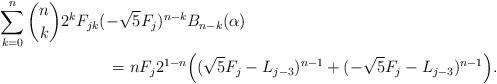
LaTeX: \begin{align*}\sum_{k=0}^n {n\choose k} 2^k F_{jk} (-\sqrt{5}F_j)^{n-k}& B_{n-k}(\alpha)\\ = n F_j 2^{1-n} &\Big ( (\sqrt{5} F_j - L_{j-3})^{n-1} + (-\sqrt{5}F_j - L_{j-3} )^{n-1}\Big ).\end{align*}